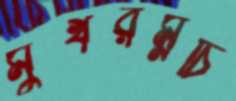
মুখরম্নচি